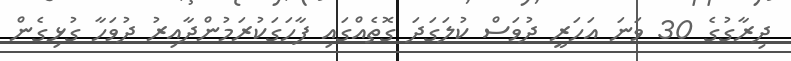
ދިރާގުގެ 30 ވަނަ އަހަރީ ދުވަސް ކުލަގަދަ ގޮތެއްގައި ފާހަގަކުރަމުންދާއިރު ދުވަހާ ގުޅިގެން